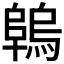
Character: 𨻑